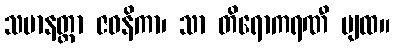
သမာနတ္ထာ ဇဝနိကာ၊ သာ တိရောကရဏီ ပျထ။